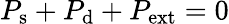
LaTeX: P_{\mathrm{s}}+P_{\mathrm{d}}+P_{\mathrm{ext}}=0